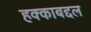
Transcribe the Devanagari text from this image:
हक्काबद्दल